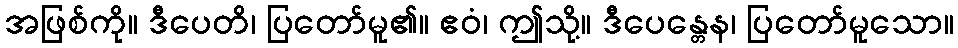
အဖြစ်ကို။ ဒီပေတိ၊ ပြတော်မူ၏။ ဧဝံ၊ ဤသို့။ ဒီပေန္တေန၊ ပြတော်မူသော။